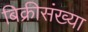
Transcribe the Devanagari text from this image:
बिक्रीसंख्या